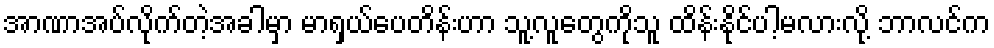
အာဏာအပ်လိုက်တဲ့အခါမှာ မာရှယ်ပေတိန်းဟာ သူ့လူတွေကိုသူ ထိန်းနိုင်ပါ့မလားလို့ ဘာလင်က